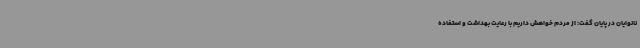
نانوایان در پایان گفت: از مردم خواهش داریم با رعایت بهداشت و استفاده